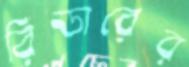
রিডারের